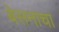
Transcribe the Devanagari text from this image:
बेसनाचा